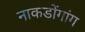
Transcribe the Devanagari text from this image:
नाकडोंगांग